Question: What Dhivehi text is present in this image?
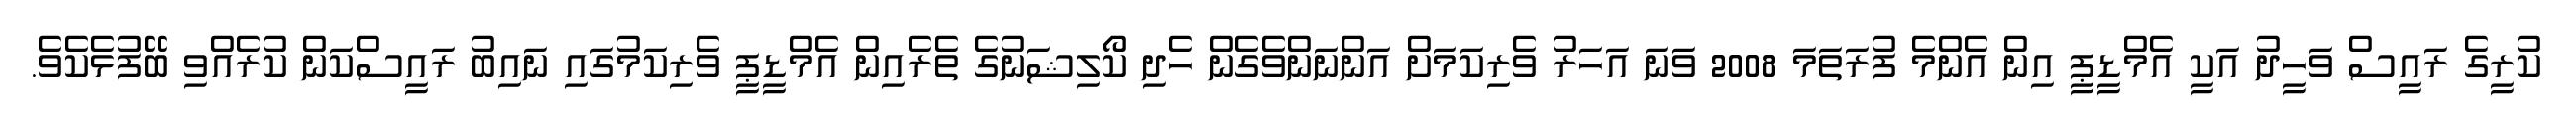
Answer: ކުރީގެ ރައީސް ވަހީދު އަކީ އެމްޑީޕީ އިން އެންމެ ފުރަތަމަ 2008 ވަނަ އަހަރު ވެރިކަމަށް އަންނަންވެގެން ހެދި ކޯލިޝަނުގެ ތެރެއިން އެމްޑީޕީ ވެރިކަމުގައި ނައިބު ރައީސްކަން ކުރެއްވި ބޭފުޅެކެވެ.